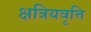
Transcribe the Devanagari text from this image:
क्षत्रियवृत्ति